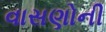
વાસણોની